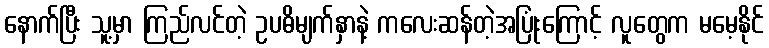
နောက်ပြီး သူ့မှာ ကြည်လင်တဲ့ ဥပဓိမျက်နှာနဲ့ ကလေးဆန်တဲ့အပြုံးကြောင့် လူတွေက မမေ့နိုင်